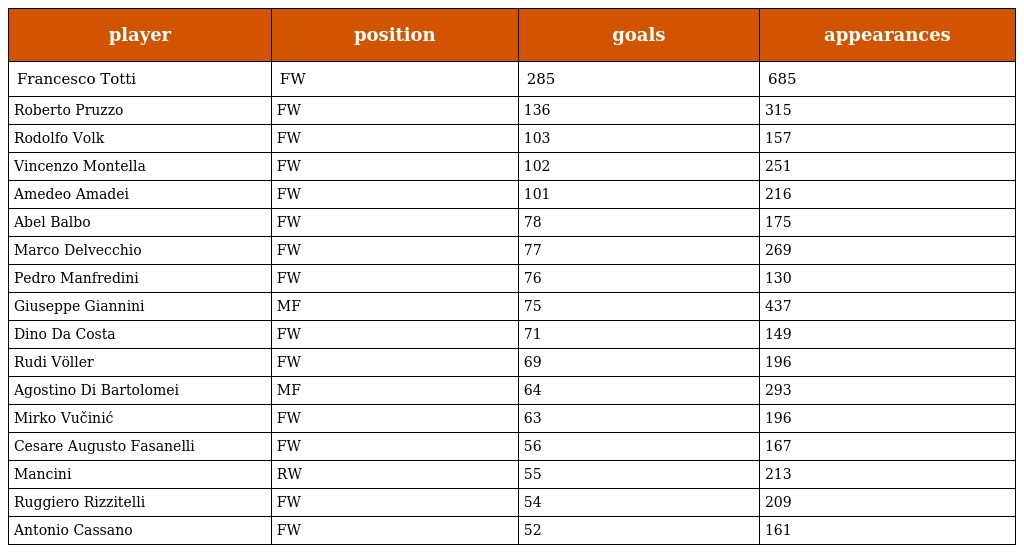
| player | position | goals | appearances |
 | --- | --- | --- | --- |
 | Francesco Totti | FW | 285 | 685 |
 | Roberto Pruzzo | FW | 136 | 315 |
 | Rodolfo Volk | FW | 103 | 157 |
 | Vincenzo Montella | FW | 102 | 251 |
 | Amedeo Amadei | FW | 101 | 216 |
 | Abel Balbo | FW | 78 | 175 |
 | Marco Delvecchio | FW | 77 | 269 |
 | Pedro Manfredini | FW | 76 | 130 |
 | Giuseppe Giannini | MF | 75 | 437 |
 | Dino Da Costa | FW | 71 | 149 |
 | Rudi Völler | FW | 69 | 196 |
 | Agostino Di Bartolomei | MF | 64 | 293 |
 | Mirko Vučinić | FW | 63 | 196 |
 | Cesare Augusto Fasanelli | FW | 56 | 167 |
 | Mancini | RW | 55 | 213 |
 | Ruggiero Rizzitelli | FW | 54 | 209 |
 | Antonio Cassano | FW | 52 | 161 |